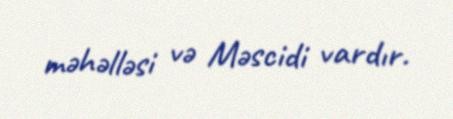
məhəlləsi və Məscidi vardır.